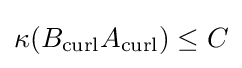
\kappa (B_{\operatorname {curl} }A_{\operatorname {curl} })\leq C